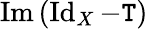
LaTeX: \operatorname{Im}\, (\operatorname{Id}_{X}-\mathtt{T})